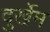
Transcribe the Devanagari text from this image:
दुर्खेम